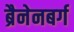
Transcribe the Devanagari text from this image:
ब्रैनेनबर्ग